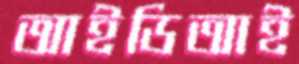
আইডিআই